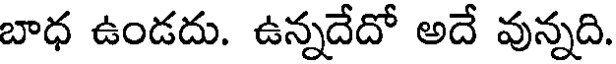
బాధ ఉండదు. ఉన్నదేదో అదే వున్నది.